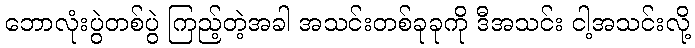
ဘောလုံးပွဲတစ်ပွဲ ကြည့်တဲ့အခါ အသင်းတစ်ခုခုကို ဒီအသင်း ငါ့အသင်းလို့